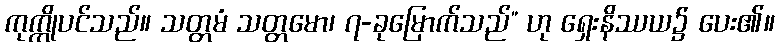
ကုက္ကိုပင်သည်။ သတ္တမံ သတ္တမော၊ ၇-ခုမြောက်သည်” ဟု ရှေးနိဿယ၌ ပေး၏။